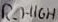
Text: R_HIGH